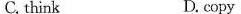
6.C.think D.copy